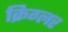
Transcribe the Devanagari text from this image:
क्रिग्लर